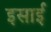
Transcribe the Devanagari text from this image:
इसार्इ